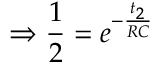
\Rightarrow \frac { 1 } { 2 } = e ^ { - \frac { t _ { 2 } } { R C } }